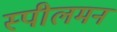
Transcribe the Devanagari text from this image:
स्पीलमन